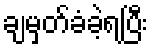
ချမှတ်ခံခဲ့ရပြီး